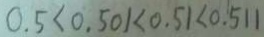
0 . 5 < 0 . 5 0 1 < 0 . 5 1 < 0 . 5 1 1